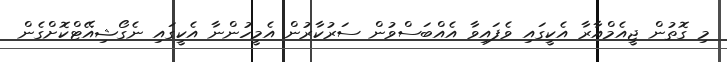
މި ގޮތުން ޖީއެމްއާރާ އެކީގައި ވެފައިވާ އެއްބަސްވުން ސަރުކާރުން އެމީހުންނާ އެކީގައި ނެގޯޝިއޭޓްކޮށްގެން